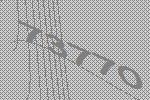
73770